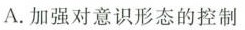
A.加强对意识形态的控制